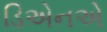
ડિએનએ